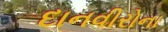
દાનવીરોના